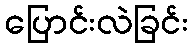
ပြောင်းလဲခြင်း